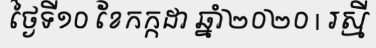
ថ្ងៃទី១០ ខែកក្កដា ឆ្នាំ២០២០ | រស្មី